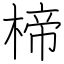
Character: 楴